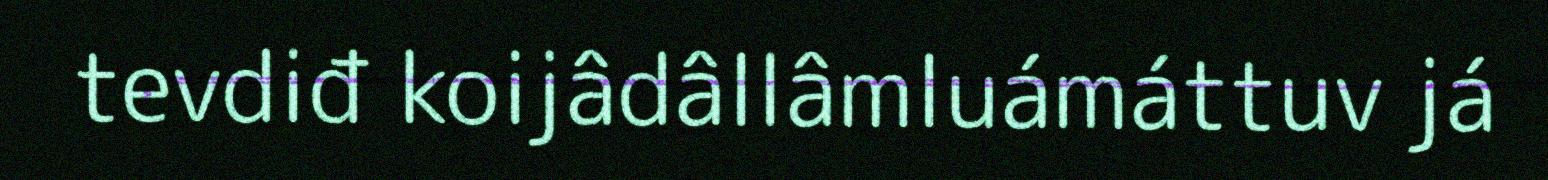
tevdiđ koijâdâllâmluámáttuv já